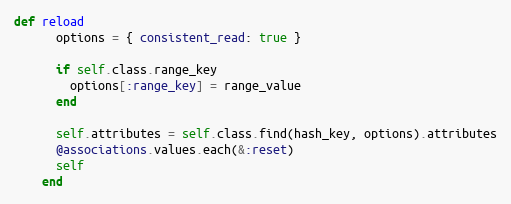
Language: Ruby
def reload
      options = { consistent_read: true }

      if self.class.range_key
        options[:range_key] = range_value
      end

      self.attributes = self.class.find(hash_key, options).attributes
      @associations.values.each(&:reset)
      self
    end